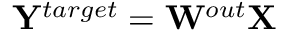
{ \bf Y } ^ { t a r g e t } = { \bf W } ^ { o u t } { \bf X }